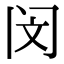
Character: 闵